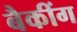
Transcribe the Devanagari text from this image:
बैकींग